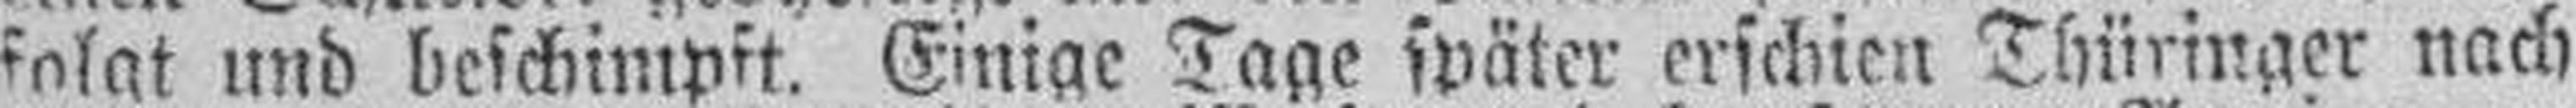
folat und beschimpft. Einige Tage später erschien Thüringer nach